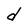
Character: d